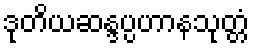
ဒုတိယဆန္ဒပ္ပဟာနသုတ္တံ